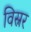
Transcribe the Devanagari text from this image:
विस्नर